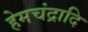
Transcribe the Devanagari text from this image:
हेमचंद्रादि